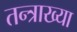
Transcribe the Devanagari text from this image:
तन्त्राख्या